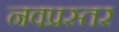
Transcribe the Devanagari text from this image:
नवप्रस्तर